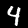
Label: 4